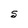
Character: S